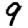
Digit: 9